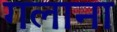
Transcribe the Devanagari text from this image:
गलाना